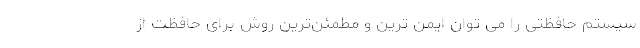
سیستم حافظتی را می­ توان ایمن ­ترین و مطمئن­ترین روش برای حافظت از